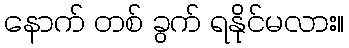
နောက် တစ် ခွက် ရနိုင်မလား။